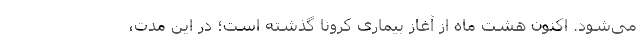
می‌شود. اکنون هشت ماه از آغاز بیماری کرونا گذشته است؛ در این مدت،